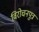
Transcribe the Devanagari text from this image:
विरोचनपुत्र